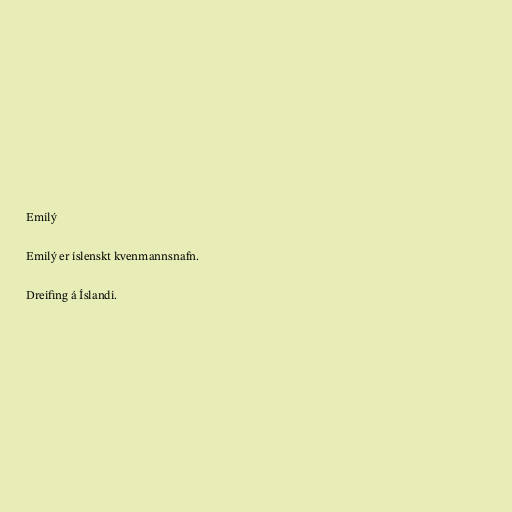
Emilý

Emilý er íslenskt kvenmannsnafn.

Dreifing á Íslandi.